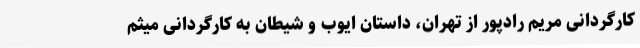
کارگردانی مریم رادپور از تهران، داستان ایوب و شیطان به کارگردانی میثم